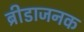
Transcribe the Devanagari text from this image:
ब्रीडाजनक